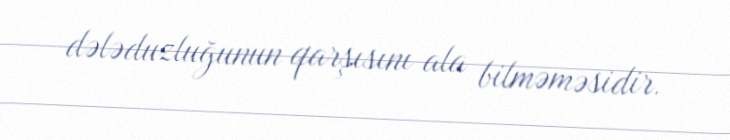
dələduzluğunun qarşısını ala bilməməsidir.